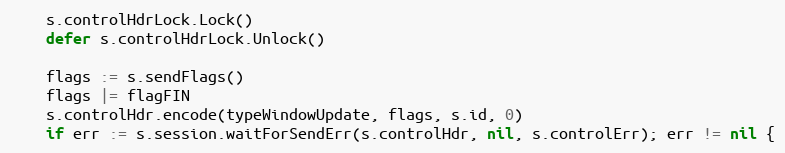
Language: Go
	s.controlHdrLock.Lock()
	defer s.controlHdrLock.Unlock()

	flags := s.sendFlags()
	flags |= flagFIN
	s.controlHdr.encode(typeWindowUpdate, flags, s.id, 0)
	if err := s.session.waitForSendErr(s.controlHdr, nil, s.controlErr); err != nil {